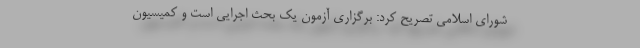
شورای اسلامی تصریح کرد: برگزاری آزمون یک بحث اجرایی است و کمیسیون